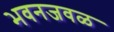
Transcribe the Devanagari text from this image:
भवनजवळ